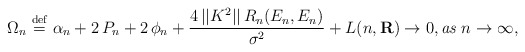
\begin{align*}\Omega _{n}\stackrel{\rm def}{=}\alpha _{n}+2\,P_{n}+2\,\phi _{n}+\frac{4\,||K^{2}||\,R_{n}(E_{n},E_{n})}{\sigma ^{2}}+L(n,{\bf R)}\rightarrow 0,{\bf }\mbox{{\it as} }n\rightarrow \infty {\bf ,} \end{align*}